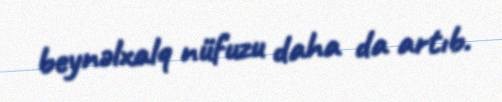
beynəlxalq nüfuzu daha da artıb.